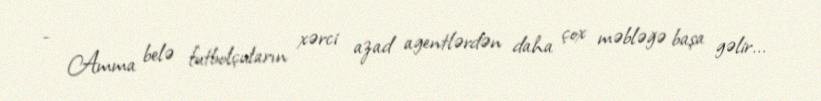
- Amma belə futbolçuların xərci azad agentlərdən daha çox məbləğə başa gəlir...